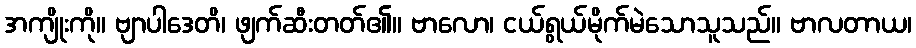
အကျိုးကို။ ဗျာပါဒေတိ၊ ဖျက်ဆီးတတ်၏။ ဗာလော၊ ငယ်ရွယ်မိုက်မဲသောသူသည်။ ဗာလတာယ၊